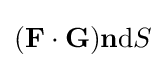
(\mathbf {F} \cdot \mathbf {G} )\mathbf {n} \mathrm {d} S